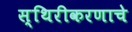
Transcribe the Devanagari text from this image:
स्थिरीकरणाचे